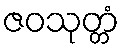
ဇဝသုတ္တံ